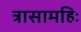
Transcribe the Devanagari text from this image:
त्रासामहिः